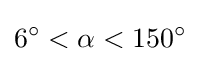
6^{\circ }<\alpha <150^{\circ }